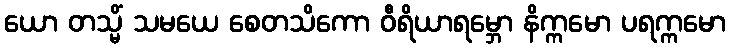
ယော တသ္မိံ သမယေ စေတသိကော ဝီရိယာရမ္ဘော နိက္ကမော ပရက္ကမော